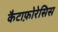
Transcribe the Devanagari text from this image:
कैटाफ़ोरेसिस